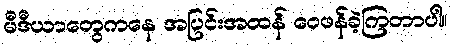
မီဒီယာတွေကနေ အပြင်းအထန် ဝေဖန်ခဲ့ကြတာပါ။